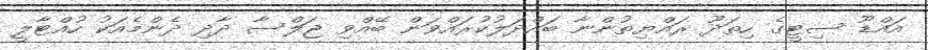
އައްޑޫ ސިޓީގެ ހިތަދޫ ރައްޔިތުންނާ ބައްދަލުކުރައްވަން ބޭއްވި ޖަލްސާ ދާދި ދެންމެއަކު ހުއްޓާލީ